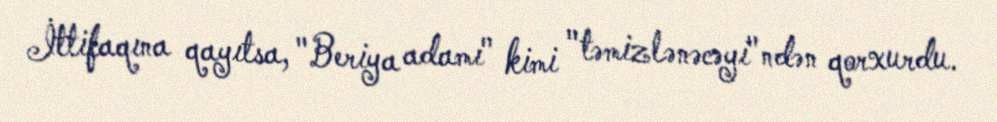
İttifaqına qayıtsa, "Beriya adamı" kimi "təmizlənəcəyi"ndən qorxurdu.